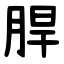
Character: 䏷